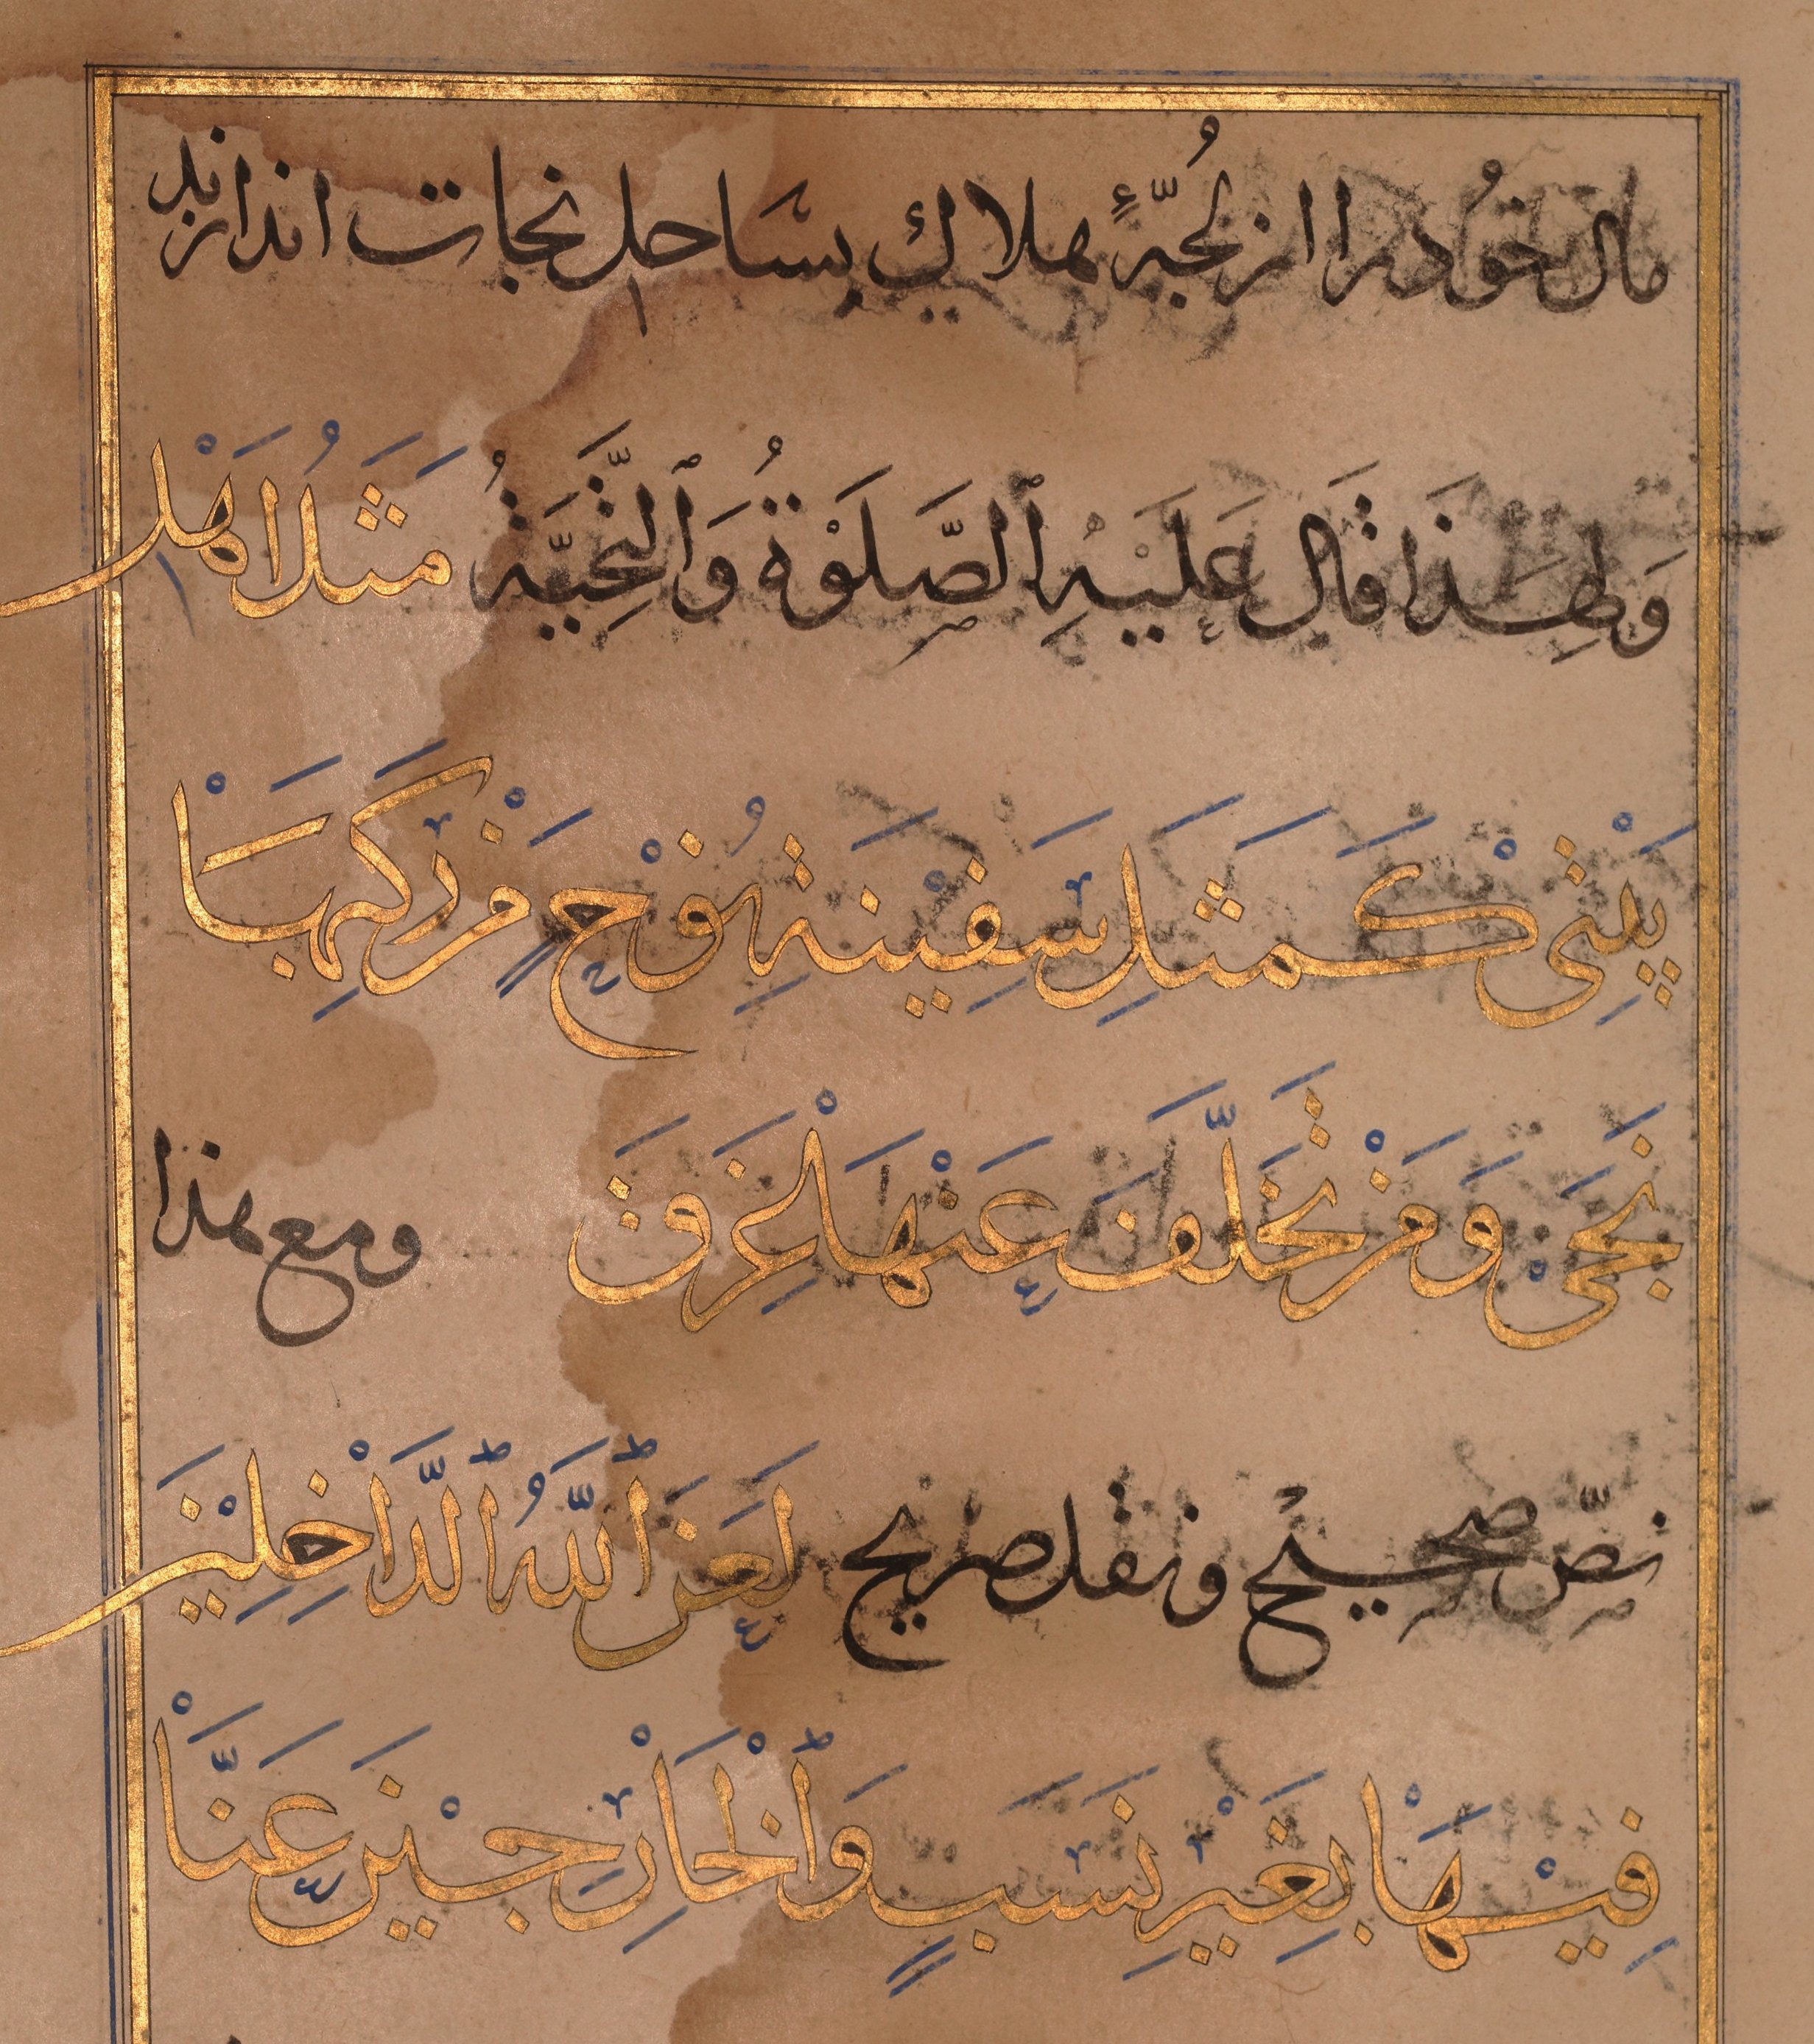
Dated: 1467–1467